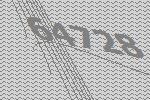
64728